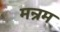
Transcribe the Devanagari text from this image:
मन्रम